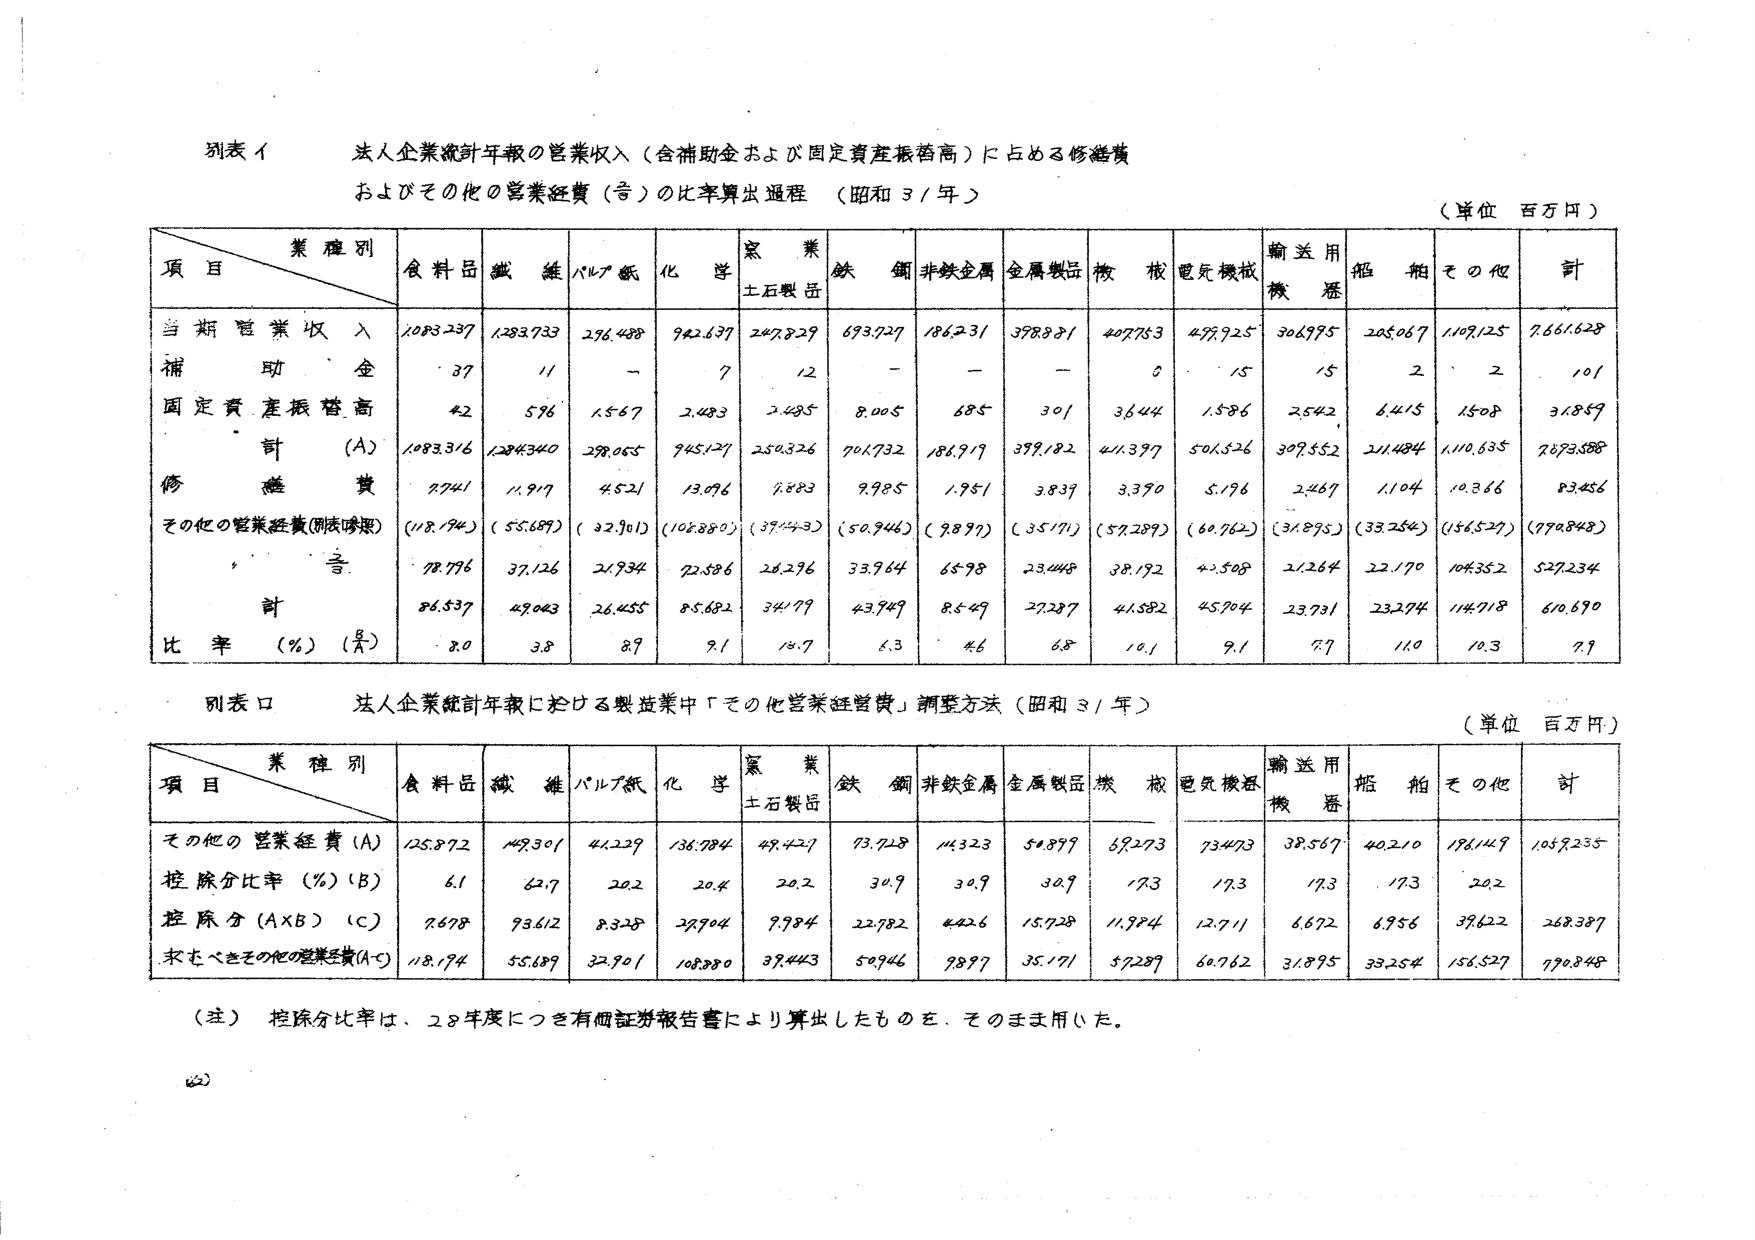
別表イ
法人企業統計年報の営業収入（含補助金および固定資産振替高）に占める修繕費
およびその他の営業経費（等）の比率算出過程 （昭和31年）
（単位 百万円）

業種別
項目　　　　　　食料品　繊維　パルプ紙　化学　窯業　鉄鋼　非鉄金属　金属製品　機械　電気機械　輸送用機器　船舶　その他　計
　　　　　　　　土石製品

当期営業収入　　1083.237　1283.733　296.488　942.637　247.829　693.727　186.231　398.881　407.753　499.925　306.995　205.067　1109.125　7661.628
補助金　　　　　　37　　　　11　　　　-　　　　7　　　　12　　　　-　　　　-　　　　-　　　　0　　　　15　　　　15　　　　2　　　　2　　　　101
固定資産振替高　　42　　　　596　　　1567　　　2.483　　　2.485　　　8.005　　　685　　　301　　　36.44　　　1586　　　2542　　　6.415　　　1508　　　31859
計（A）　　　　1083.316　1284.340　298.055　945.127　250.326　701.732　186.917　399.182　411.397　501.526　309.552　211.484　1110.635　7693.588
修繕費　　　　　　7741　　　11.917　　　4521　　　13.076　　　9.883　　　9.985　　　1.951　　　3.839　　　3.370　　　5.176　　　2.467　　　1.104　　　10.366　　　83.456
その他の営業経費（別表口参照）　（118.194）　（55.689）　（32.901）　（106.880）　（39.143）　（50.946）　（9.897）　（35.171）　（57.289）　（60.762）　（31.895）　（33.254）　（156.527）　（770.848）
　　合計　　　　　　78.776　　　37.126　　　21.934　　　72.586　　　26.296　　　33.964　　　65.98　　　23.448　　　38.192　　　42.508　　　21.264　　　22.170　　　104.352　　　527.234
　　計　　　　　　86.537　　　49.063　　　26.455　　　85.682　　　34.177　　　43.949　　　85.49　　　27.287　　　41.582　　　45.704　　　23.731　　　23.274　　　114.718　　　610.690
比率（％）（B/A）　　8.0　　　　3.8　　　　8.9　　　　9.1　　　　13.7　　　　6.3　　　　4.6　　　　6.8　　　　10.1　　　　9.1　　　　7.7　　　　11.0　　　　10.3　　　　7.9

別表ロ
法人企業統計年報における製造業中「その他営業経費」調整方法（昭和31年）
（単位 百万円）

業種別
項目　　　　　　食料品　繊維　パルプ紙　化学　窯業　鉄鋼　非鉄金属　金属製品　機械　電気機械　輸送用機器　船舶　その他　計
　　　　　　　　土石製品

その他の営業経費（A）　125.872　149.301　44.229　136.784　49.421　73.728　114.323　54.899　69.273　73.473　38.567　40.210　196.149　1059.235
控除分比率（％）（B）　　6.1　　　62.7　　　20.2　　　20.4　　　20.2　　　30.9　　　30.9　　　30.9　　　17.3　　　17.3　　　17.3　　　17.3　　　20.2
控除分（A×B）（C）　　7.678　　　93.612　　　8.328　　　27.904　　　9.984　　　22.782　　　40.26　　　15.128　　　11.984　　　12.711　　　6.672　　　6.956　　　39.622　　　268.387
求むべきその他の営業経費（A-C）　118.194　55.689　32.901　108.880　39.443　50.946　98.97　35.171　57.289　60.762　31.895　33.254　156.527　770.848

（注）控除分比率は、28年度につき有価証券報告書により算出したものを、そのまま用いた。

（2）